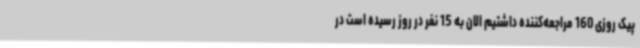
پیک روزی 160 مراجعه‌کننده داشتیم الان به 15 نفر در روز رسیده است در